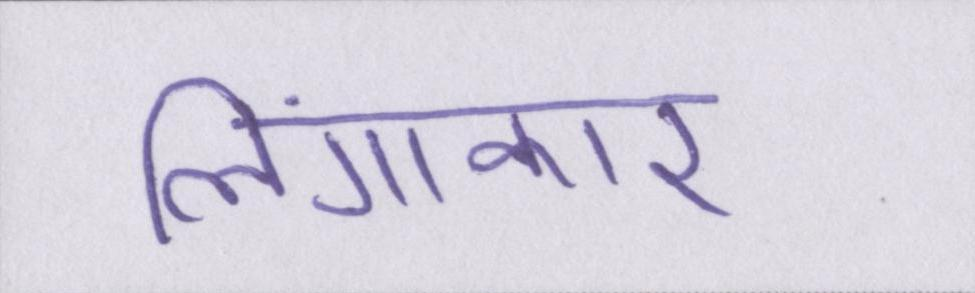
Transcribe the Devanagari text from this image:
लिंगाकार